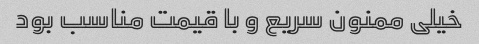
خیلی ممنون سریع و با قیمت مناسب بود